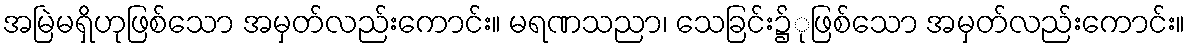
အမြဲမရှိဟုဖြစ်သော အမှတ်လည်းကောင်း။ မရဏသညာ၊ သေခြင်း၌ုဖြစ်သော အမှတ်လည်းကောင်း။